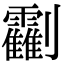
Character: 𠠰